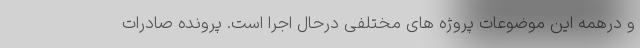
و درهمه این موضوعات پروژه های مختلفی درحال اجرا است. پرونده صادرات